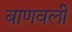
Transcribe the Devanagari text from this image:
बाणवली